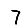
Digit: 7